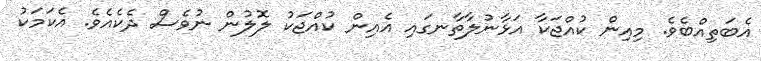
އެބަތިއްބެވެ. މިއިން ކުއްޖަކާ އަޅާނުލާތާނގައި އެއިން ކުއްޖަކު ލޮލުން ނުވެސް ދެކެއެވެ. އެކަމަކު